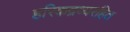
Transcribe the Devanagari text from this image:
हरिकद्रव्यरहित